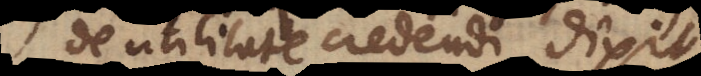
De utilitate credendi dixit.